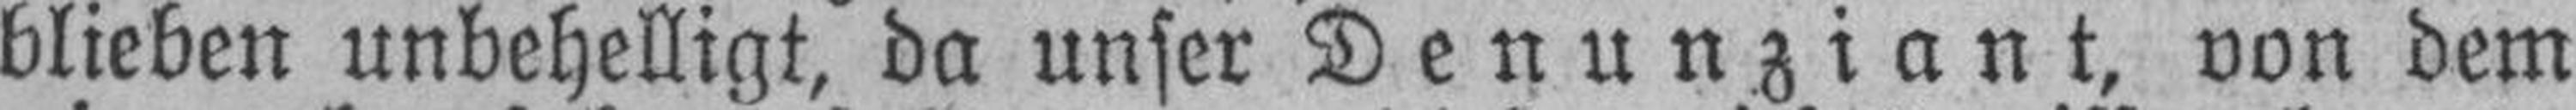
blieben unbehelligt, da unser Denunziant, von dem